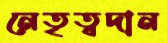
নেতৃত্বদান